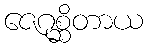
ဇေဂုစ္ဆိတာယ